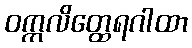
ဝက္ကလိတ္ထေရဂါထာ